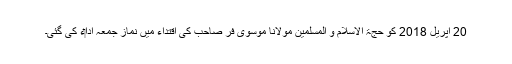
20 اپریل 2018 کو حجۃ الاسلام و المسلمین مولانا موسوی فر صاحب کی اقتداء میں نماز جمعہ ادا‏ء کی گئی۔